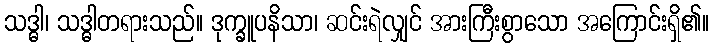
သဒ္ဓါ၊ သဒ္ဓါတရားသည်။ ဒုက္ခူပနိသာ၊ ဆင်းရဲလျှင် အားကြီးစွာသော အကြောင်းရှိ၏။